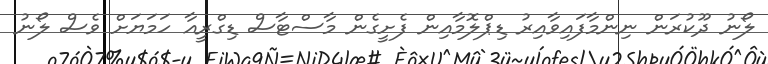
ލޯނު ދޫކުރަން ނިންމާފައިވާއިރު ޑިޕްލޮމާއިން ފެށީގެން މާސްޓާސް ޑިގްރީއާ ހަމަޔަށް ވެސް ލޯނު